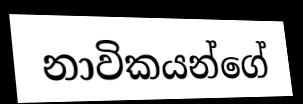
නාවිකයන්ගේ